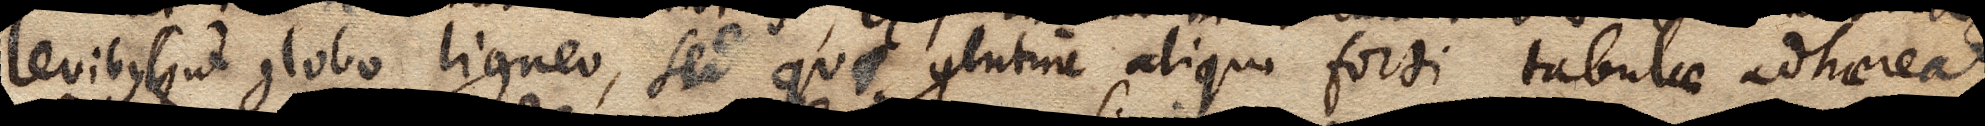
levibus (ut globo ligneo, sed qui glutine aliquo forti tabulae adhaereat;